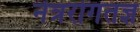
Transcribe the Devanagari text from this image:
नेत्ररोगतज्ञ